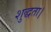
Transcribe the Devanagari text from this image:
शुद्धता।